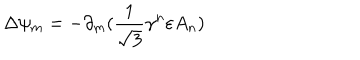
\Delta \psi _ { m } = - \partial _ { m } ( \frac { 1 } { \sqrt { 3 } } \gamma ^ { n } \varepsilon A _ { n } )